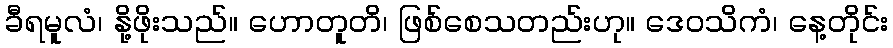
ခီရမူလံ၊ နို့ဖိုးသည်။ ဟောတူတိ၊ ဖြစ်စေသတည်းဟု။ ဒေဝသိကံ၊ နေ့တိုင်း